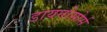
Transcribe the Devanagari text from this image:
डायनोसोर्स